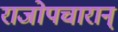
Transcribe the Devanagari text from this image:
राजोपचारान्